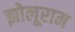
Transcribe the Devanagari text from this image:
झोलूराम